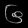
Digit: ၆